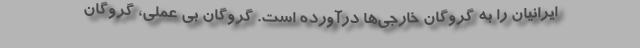
ایرانیان را به گروگان خارجی‌ها درآورده است. گروگان بی عملی، گروگان